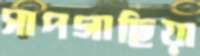
সাপগাছিয়া